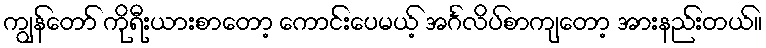
ကျွန်တော် ကိုရီးယားစာတော့ ကောင်းပေမယ့် အင်္ဂလိပ်စာကျတော့ အားနည်းတယ်။